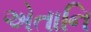
એતાનિ